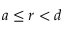
a \leq r < d